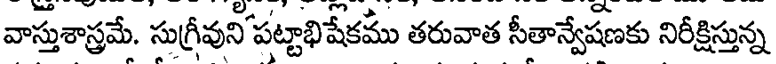
వాస్తుశాస్త్రమే. సుగ్రీవుని పట్టాభిషేకము తరువాత సీతాన్వేషణకు నిరీక్షిస్తున్న